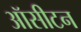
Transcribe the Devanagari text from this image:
ऑसीटन